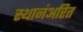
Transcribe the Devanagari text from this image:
स्थानंअरित